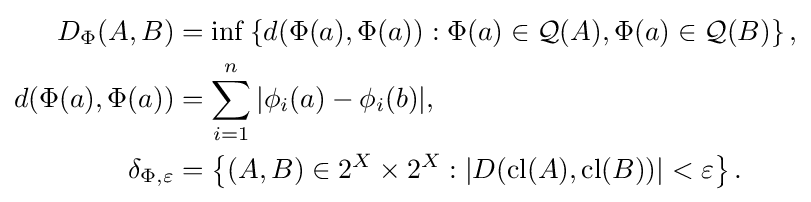
{\begin{aligned}D_{\Phi }(A,B)&=\inf \left\{d(\Phi (a),\Phi (a)):\Phi (a)\in {\mathcal {Q}}(A),\Phi (a)\in {\mathcal {Q}}(B)\right\},\\d(\Phi (a),\Phi (a))&=\mathop {\sum } _{i=1}^{n}|\phi _{i}(a)-\phi _{i}(b)|,\\\delta _{\Phi ,\varepsilon }&=\left\{(A,B)\in 2^{X}\times 2^{X}:|D({\mbox{cl}}(A),{\mbox{cl}}(B))|<\varepsilon \right\}.\end{aligned}}